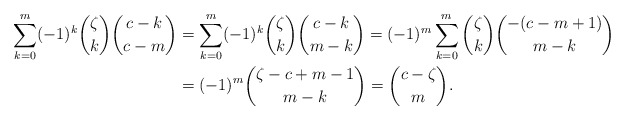
\begin{align*}\begin{aligned}\sum_{k=0}^{m} (-1)^k \binom{\zeta}{k} \binom{c-k}{c-m} &=\sum_{k=0}^{m} (-1)^k \binom{\zeta}{k} \binom{c-k}{m-k} = (-1)^m \sum_{k=0}^{m} \binom{\zeta}{k} \binom{-(c-m+1)}{m-k} \\&= (-1)^m \binom{\zeta-c+m-1}{m-k} = \binom{c-\zeta}{m}.\end{aligned}\end{align*}